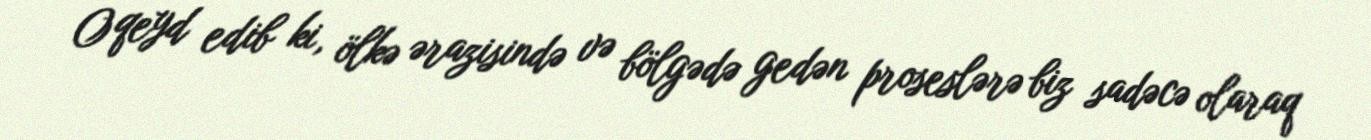
O qeyd edib ki, ölkə ərazisində və bölgədə gedən proseslərə biz sadəcə olaraq